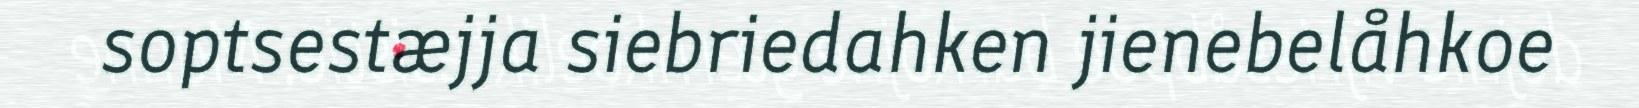
soptsestæjja siebriedahken jienebelåhkoe